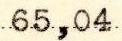
65,04